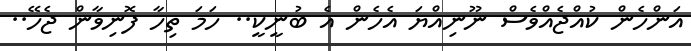
އަންހެން ކުއްޖެއްވެސް ނޫނިއްޔަ އެހެން އެ ބުނީކީ.. ހަމަ ތިހާ ފޮނިވާން ޖެހޭ..